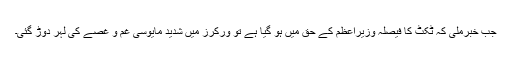
جب خبرملی کہ ٹکٹ کا فیصلہ وزیراعظم کے حق میں ہو گیا ہے تو ورکرز میں شدید مایوسی غم و غصے کی لہر دوڑ گئی۔